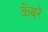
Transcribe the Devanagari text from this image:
कॅबरे